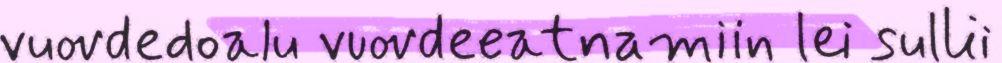
vuovdedoalu vuovdeeatnamiin lei sullii